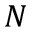
N